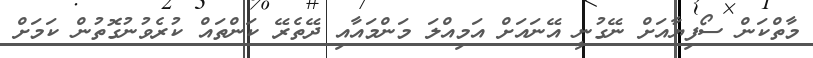
މާތްކަން ސޯފިޔާއަށް ނޭގުނީ އޭނައަށް އަމިއްލަ މަންމައާއި ދޭތެރޭ ކަންތައް ކުރެވުނުގޮތުން ކަމަށް